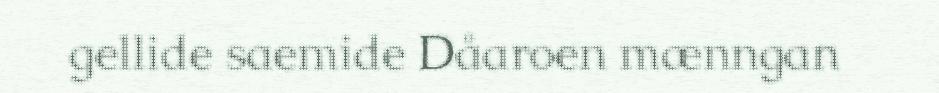
gellide saemide Dåaroen mænngan